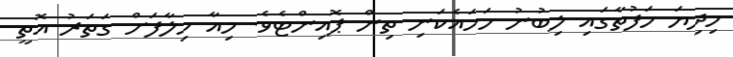
މިދިޔަ ހަފުތާގައި ލިބުނު ހަމައެކަނި ތިން ޕޮއިންޓެވެ. މިއާ ހިލާފަށް ގަތަރު އޮތީ